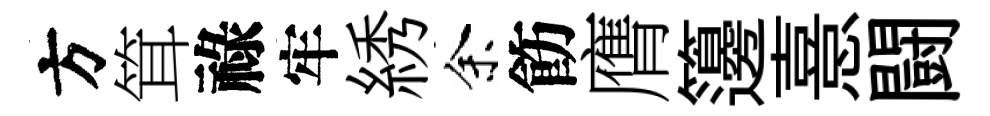
方䇯祿牢綉余飭膺籩憙闘